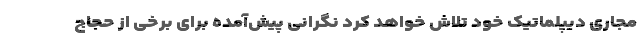
مجاری دیپلماتیک خود تلاش خواهد کرد نگرانی پیش‌آمده برای برخی از حجاج